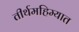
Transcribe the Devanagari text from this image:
तीर्थमहिम्यात